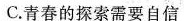
C.青春的探索需要自信